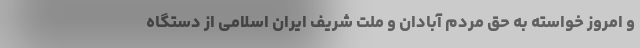
و امروز خواسته به حق مردم آبادان و ملت شریف ایران اسلامی از دستگاه